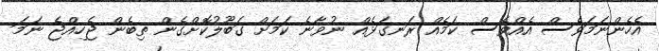
އެހެންނަމަވެސް އެއްވެސް ކަމެއް ރަނގަޅެއް ނުވާނެ ކަމަށް ގަބޫލުކޮށްގެން ތިބެން ޖެހިއްޖެ ނަމަ